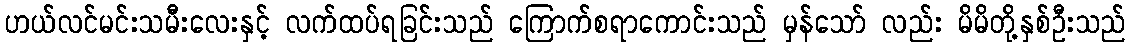
ဟယ်လင်မင်းသမီးလေးနှင့် လက်ထပ်ရခြင်းသည် ကြောက်စရာကောင်းသည် မှန်သော် လည်း မိမိတို့နှစ်ဦးသည်